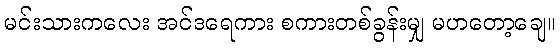
မင်းသားကလေး အင်ဒရေကား စကားတစ်ခွန်းမျှ မဟတော့ချေ။